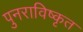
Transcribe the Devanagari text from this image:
पुनराविष्कृत